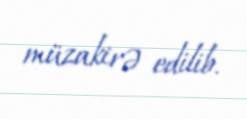
müzakirə edilib.